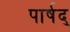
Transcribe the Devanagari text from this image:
पार्षद्